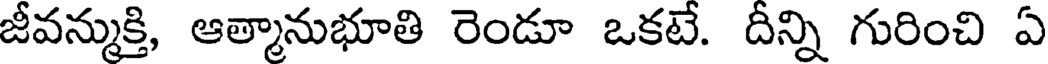
జీవన్ముక్తి, ఆత్మానుభూతి రెండూ ఒకటే. దీన్ని గురించి ఏ